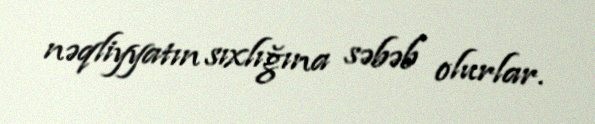
nəqliyyatın sıxlığına səbəb olurlar.